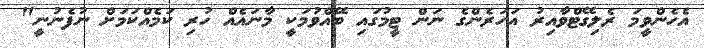
އެހެންވީމަ ރެލިގޭޓްވާއިރު އަހަރެންގެ ނަން ޓީމުގައި ބޭއްވުމަކީ މާނައެއް ހުރި ކަމެއްކަމަށް ނުފެނުނީ"